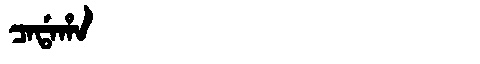
Manchu: ᠴᠠᡩᠠᡥᠠ
Romanization: CADAHA